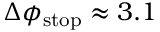
\Delta \phi _ { \mathrm { s t o p } } \approx 3 . 1